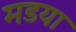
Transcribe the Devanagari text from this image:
मडया